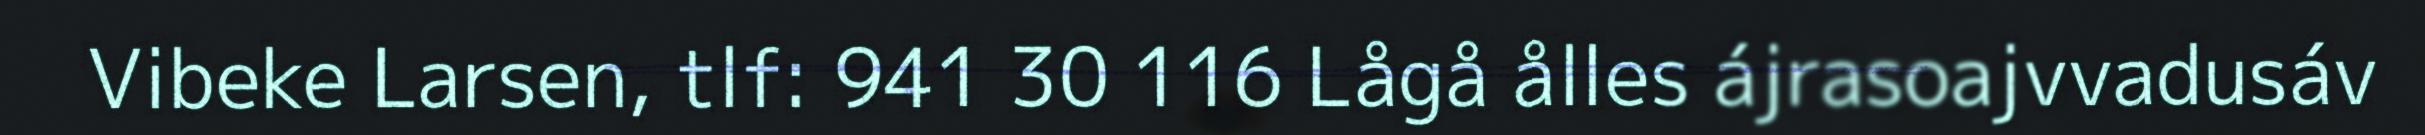
Vibeke Larsen, tlf: 941 30 116 Lågå ålles ájrasoajvvadusáv